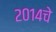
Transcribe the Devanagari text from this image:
२०१४चे